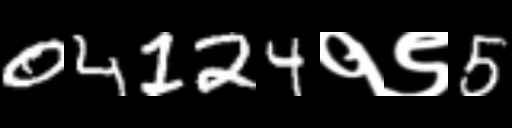
Text: 04124१९5